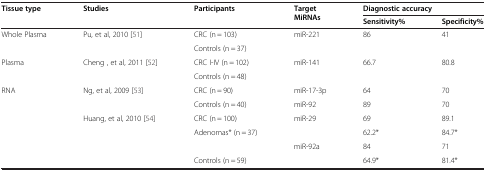
| Tissue type | Studies | Participants | Target MiRNAs | <COLSPAN=2> Diagnostic accuracy |
 |  |  |  |  | Sensitivity% | Specificity% |
 | --- | --- | --- | --- | --- | --- |
 | Whole Plasma | Pu, et al, 2010 [51] | CRC (n = 103) | miR-221 | 86 | 41 |
 |  |  | Controls (n = 37) |  |  |  |
 | Plasma | Cheng , et al, 2011 [52] | CRC I-IV (n = 102) | miR-141 | 66.7 | 80.8 |
 |  |  | Controls (n = 48) |  |  |  |
 | RNA | Ng, et al, 2009 [53] | CRC (n = 90) | miR-17-3p | 64 | 70 |
 |  |  | Controls (n = 40) | miR-92 | 89 | 70 |
 |  | Huang, et al, 2010 [54] | CRC (n = 100) | miR-29 | 69 | 89.1 |
 |  |  | Adenomas* (n = 37) |  | 62.2* | 84.7* |
 |  |  |  | miR-92a | 84 | 71 |
 |  |  | Controls (n = 59) |  | 64.9* | 81.4* |